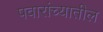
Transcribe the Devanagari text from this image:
पवारांच्यातील